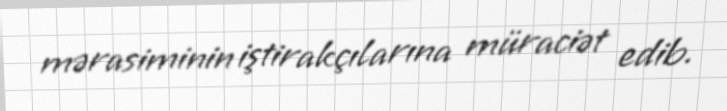
mərasiminin iştirakçılarına müraciət edib.